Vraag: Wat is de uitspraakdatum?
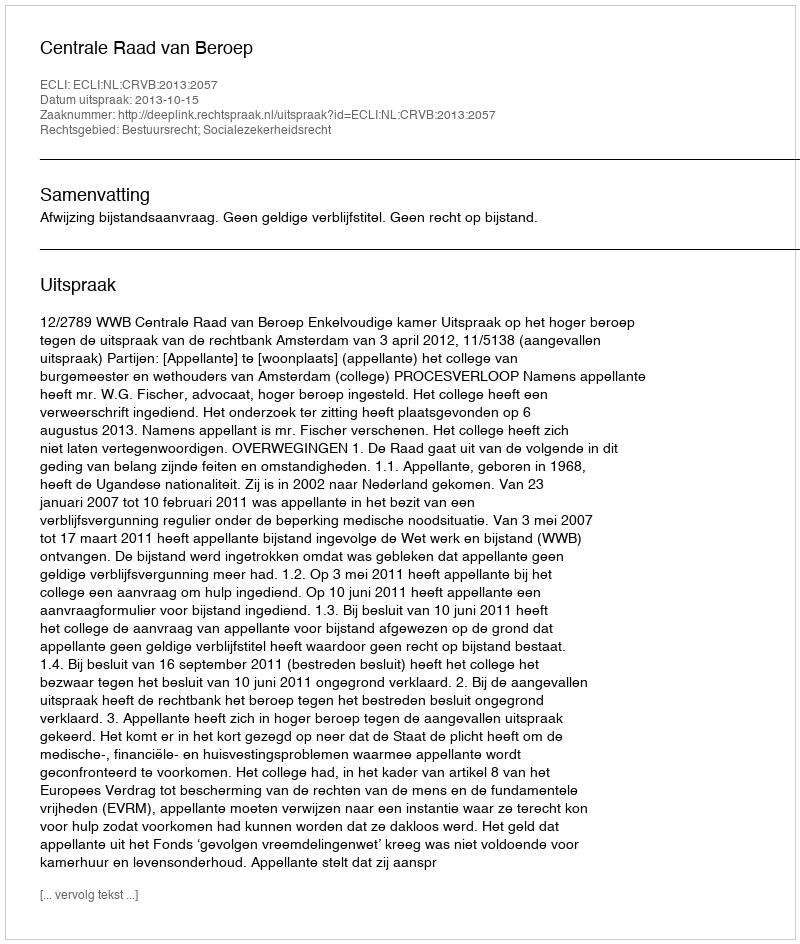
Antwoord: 2013-10-15